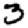
Digit: 3